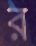
র